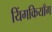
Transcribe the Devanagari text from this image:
यिंगकियाँग